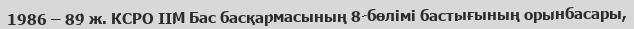
1986 – 89 ж. КСРО ІІМ Бас басқармасының 8-бөлімі бастығының орынбасары,